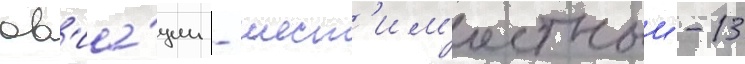
ав'иа́ции - шест'им'естныи -13